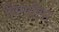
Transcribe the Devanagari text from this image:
सिमारिप